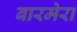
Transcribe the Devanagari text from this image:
बारमेरा